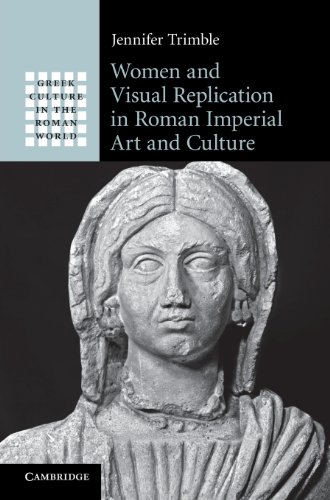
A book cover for Women and Visual Replication in Roman Imperial Art and Culture (Greek Culture in the Roman World); Jennifer Trimble; Literature & Fiction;